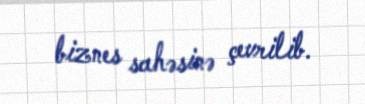
biznes sahəsinə çevrilib.